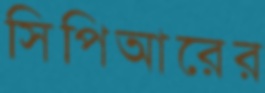
সিপিআরের